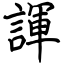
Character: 諢